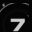
Digit: 7